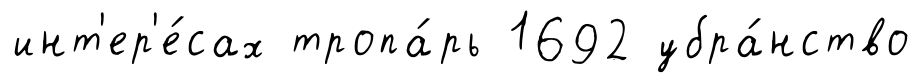
инт'ер'е́сах тропа́рь 1692 убра́нство